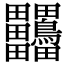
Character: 𪉀